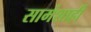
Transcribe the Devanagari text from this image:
सामंशाही